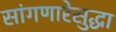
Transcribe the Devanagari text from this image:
सांगणारेसुद्धा